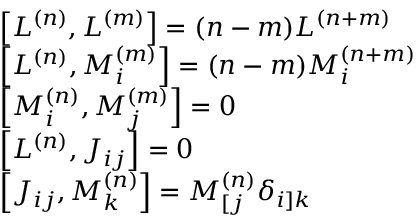
\begin{array} { r l } & { \left[ L ^ { ( n ) } , L ^ { ( m ) } \right] = ( n - m ) L ^ { ( n + m ) } } \\ & { \left[ L ^ { ( n ) } , M _ { i } ^ { ( m ) } \right] = ( n - m ) M _ { i } ^ { ( n + m ) } } \\ & { \left[ M _ { i } ^ { ( n ) } , M _ { j } ^ { ( m ) } \right] = 0 } \\ & { \left[ L ^ { ( n ) } , J _ { i j } \right] = 0 } \\ & { \left[ J _ { i j } , M _ { k } ^ { ( n ) } \right] = M _ { [ j } ^ { ( n ) } \delta _ { i ] k } } \end{array}